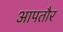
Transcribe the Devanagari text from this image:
आपतौर